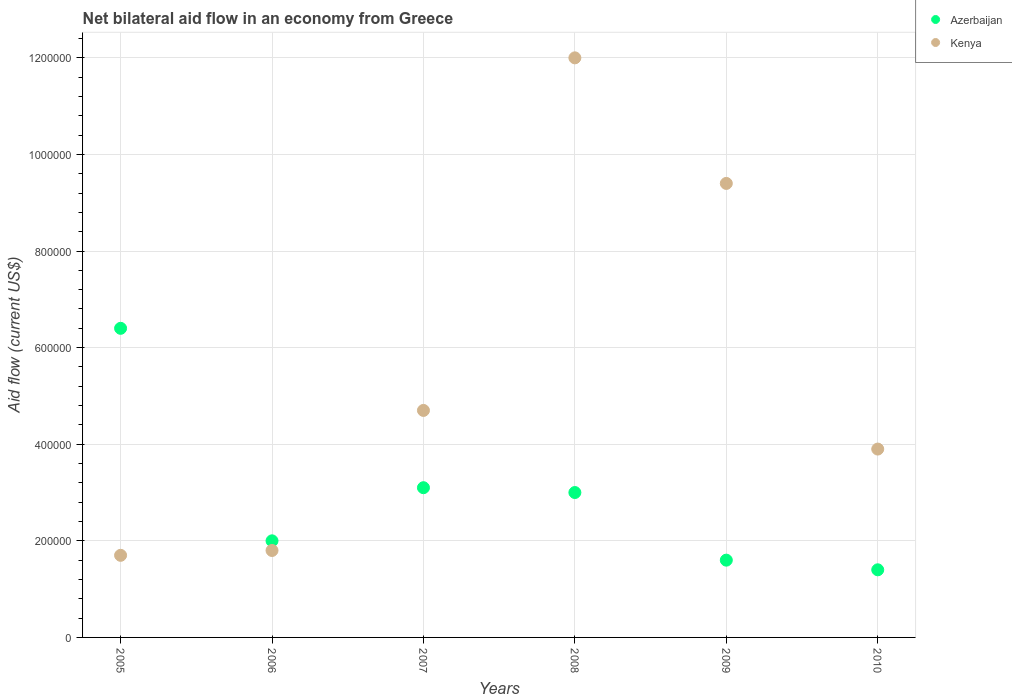
| Years | Azerbaijan | Kenya |
 | --- | --- | --- |
 | 2005 | 6.4e+05 | 1.7e+05 |
 | 2006 | 2e+05 | 1.8e+05 |
 | 2007 | 3.1e+05 | 4.7e+05 |
 | 2008 | 3e+05 | 1.2e+06 |
 | 2009 | 1.6e+05 | 9.4e+05 |
 | 2010 | 1.4e+05 | 3.9e+05 |